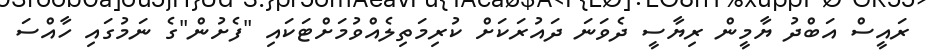
ރައީސް އަބްދު ޔާމީން ރިޔާސީ ދެވަނަ ދައުރަކަށް ކުރިމަތިލެއްވުމަށްޓަކައި "ފެށުން"ގެ ނަމުގައި ހާއްސަ